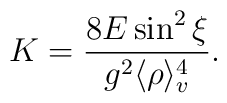
K=\frac{8E\sin^{2}{\xi}}{g^{2}\langle \rho\rangle_{v}^{4}}.